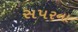
સપરના